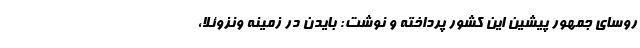
روسای جمهور پیشین این کشور پرداخته و نوشت: بایدن در زمینه ونزوئلا،